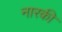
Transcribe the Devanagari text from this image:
नारकी